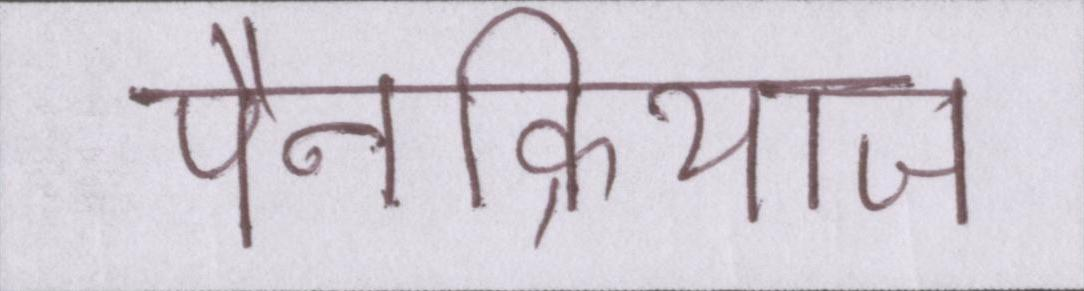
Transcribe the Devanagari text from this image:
पैनक्रियाज